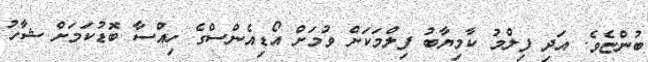
ބުންޏެވެ. އަދި ފިލްމު ކާމިޔާބު ފިލްމަކަށް ވުމަށް އޯޑިއެންސްގެ ހިއްސާ ބޮޑުކަމަށް ޝާހު